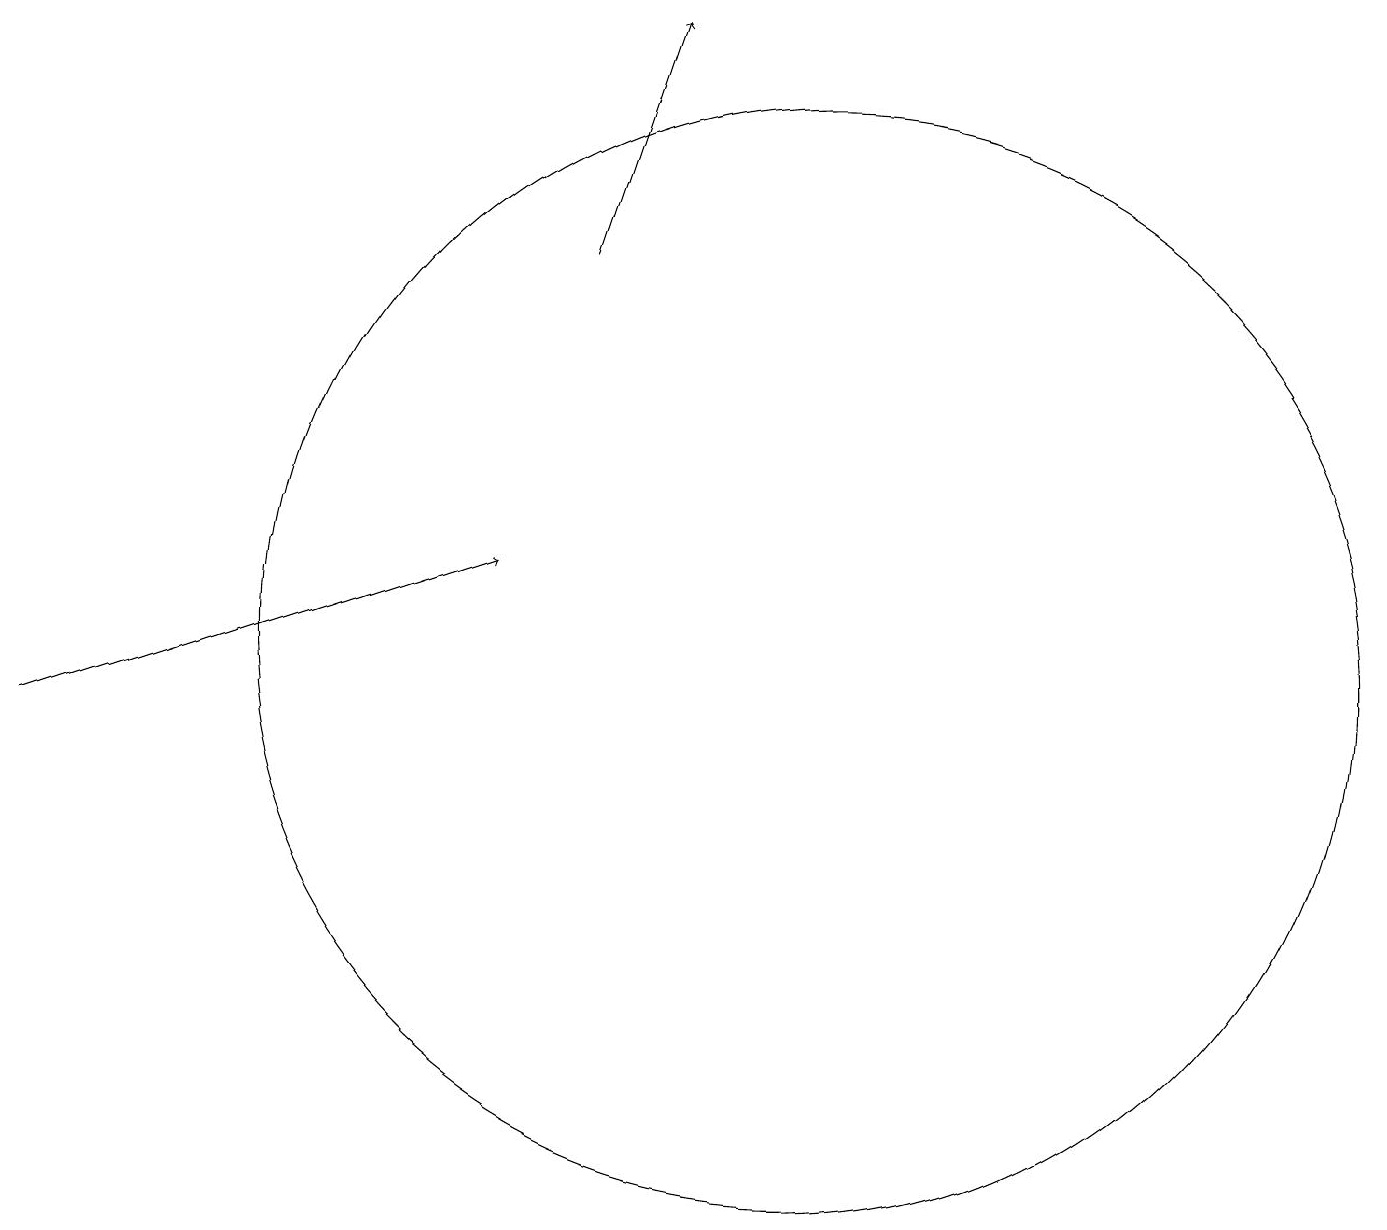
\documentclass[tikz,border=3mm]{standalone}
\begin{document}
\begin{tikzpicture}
\draw[->] (0,10) -- (6,12);
\draw (10,11) circle (7);
\draw[->] (7,16) -- (8,19);
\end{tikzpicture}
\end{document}